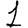
Digit: 1